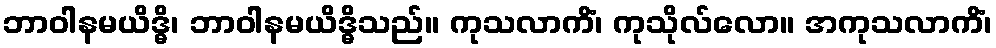
ဘာဝါနမယိဒ္ဓိ၊ ဘာဝါနမယိဒ္ဓိသည်။ ကုသလာကိံ၊ ကုသိုလ်လော။ အကုသလာကိံ၊